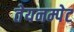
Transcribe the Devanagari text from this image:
तेयनम्पेट